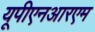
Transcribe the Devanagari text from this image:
यूपीएनआरएम